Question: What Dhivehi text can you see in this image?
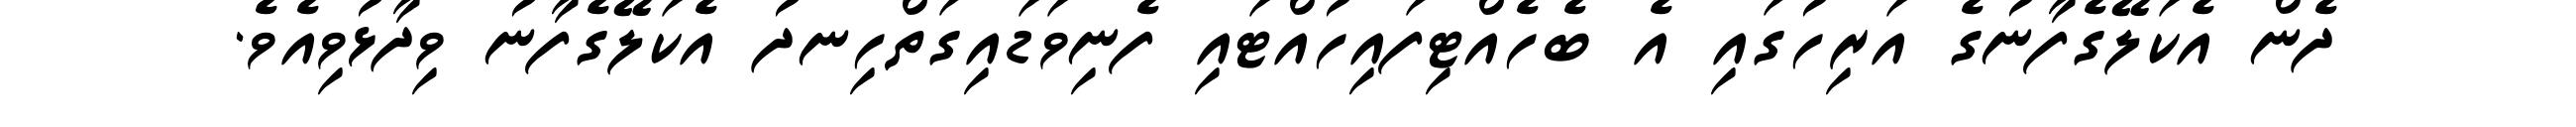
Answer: ދެން އެކަލޭގެފާނުގެ އަރިހުގައި އެ ބެހެއްޓިފައިހުއްޓައި ފެނިވަޑައިގަތްހިނދު އެކަލޭގެފާނު ވިދާޅުވިއެވެ.